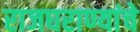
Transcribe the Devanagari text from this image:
राजघराण्यांचे